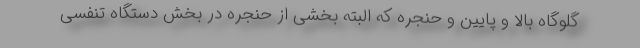
گلوگاه بالا و پایین و حنجره که البته بخشی از حنجره در بخش دستگاه تنفسی